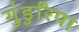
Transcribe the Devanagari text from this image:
गुंडुरिपा